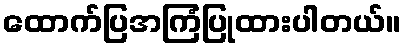
ထောက်ပြအကြံပြုထားပါတယ်။